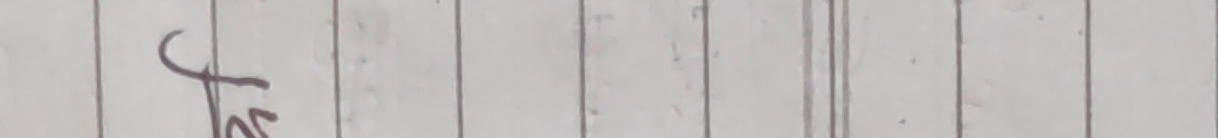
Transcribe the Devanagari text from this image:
ट्र